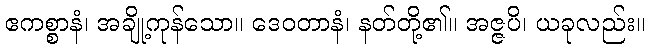
ဧကစ္စာနံ၊ အချို့ကုန်သော။ ဒေဝတာနံ၊ နတ်တို့၏။ အဇ္ဇပိ၊ ယခုလည်း။